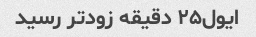
ایول۲۵ دقیقه زودتر رسید